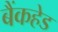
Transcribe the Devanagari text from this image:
बैंकहेड